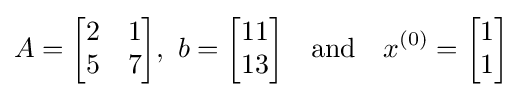
A={\begin{bmatrix}2&1\\5&7\\\end{bmatrix}},\ b={\begin{bmatrix}11\\13\\\end{bmatrix}}\quad {\text{and}}\quad x^{(0)}={\begin{bmatrix}1\\1\\\end{bmatrix}}